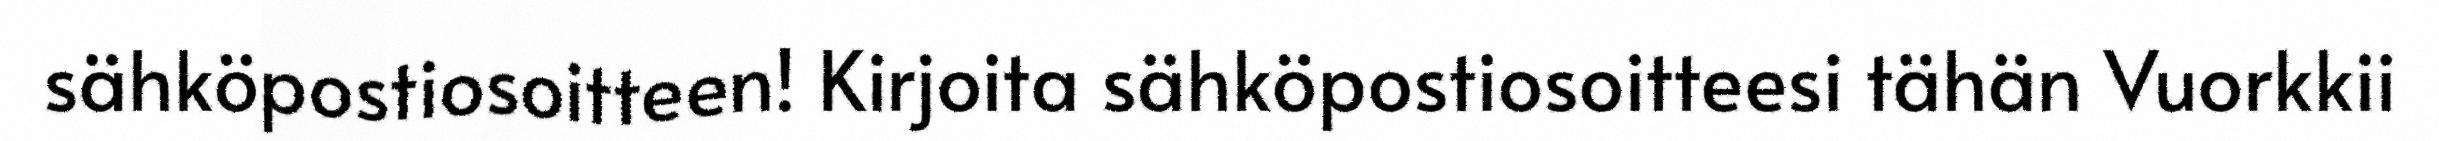
sähköpostiosoitteen! Kirjoita sähköpostiosoitteesi tähän Vuorkkii